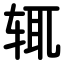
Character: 辄